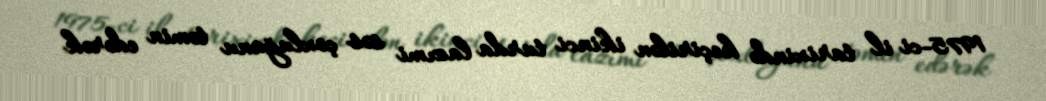
1975-ci il tarixində keçirilən ikinci turda lazımi səs çoxluğunu təmin edərək